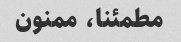
مطمئنا، ممنون